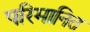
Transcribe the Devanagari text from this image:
परिमानित